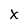
Character: x